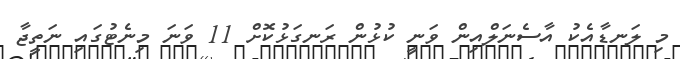
މި ލަނޑާއެކު އާސެނަލްއިން ވަނީ ކުޅުން ރަނގަޅުކޮށް 11 ވަނަ މިނެޓުގައި ނަތީޖާ